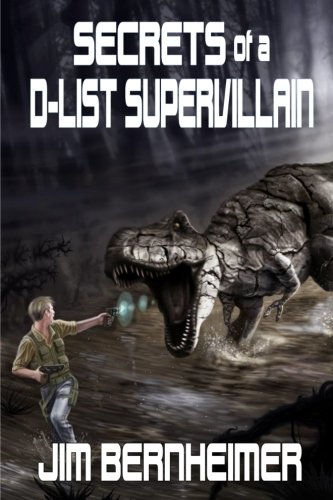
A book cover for Secrets of a D-List Supervillain (Volume 3); Jim Bernheimer; Science Fiction & Fantasy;